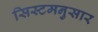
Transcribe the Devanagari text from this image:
सिस्टमनुसार